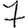
Digit: 7